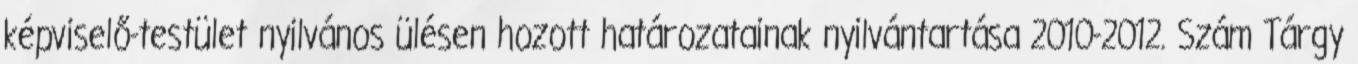
képviselő-testület nyilvános ülésen hozott határozatainak nyilvántartása 2010-2012. Szám Tárgy